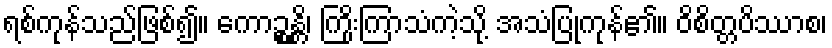
ရစ်ကုန်သည်ဖြစ်၍။ ကောဉ္စန္တိ၊ ကြိုးကြာသံကဲ့သို့ အသံပြုကုန်၏။ ဝိစိတ္တပိဿာစ၊